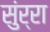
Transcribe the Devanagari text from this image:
सुंर्रा